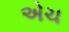
એચ